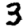
Digit: 3